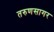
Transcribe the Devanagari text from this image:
तरुणसागर